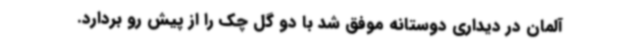
آلمان در دیداری دوستانه موفق شد با دو گل چک را از پیش رو بردارد.